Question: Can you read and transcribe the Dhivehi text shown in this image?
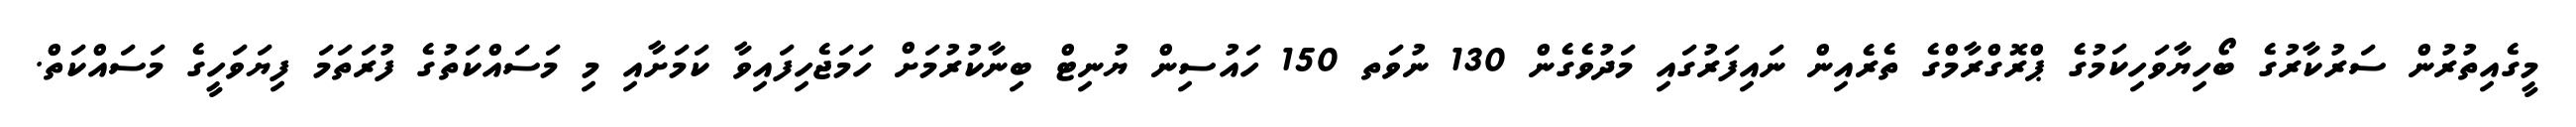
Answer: މީގެއިތުރުން ސަރުކާރުގެ ބޯހިޔާވަހިކަމުގެ ޕްރޮގްރާމްގެ ތެރެއިން ނައިފަރުގައި މަދުވެގެން 130 ނުވަތ 150 ހައުސިން ޔުނިޓް ބިނާކުރުމަށް ހަމަޖެހިފައިވާ ކަމަށާއި މި މަސައްކަތުގެ ފުރަތަމަ ފިޔަވަހީގެ މަސައްކަތް.